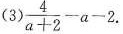
(3)$$\frac{4}{a+2} - a -2$$